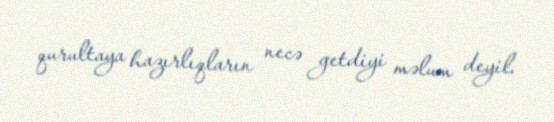
qurultaya hazırlıqların necə getdiyi məlum deyil.